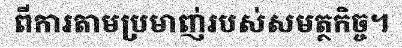
ពីការតាមប្រមាញ់របស់សមត្ថកិច្ច។